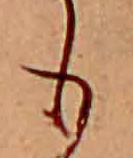
も